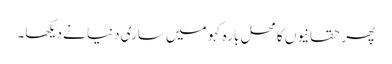
پھر حقانیوں کا محل بارہ کہو میں ساری دنیا نے دیکھا۔